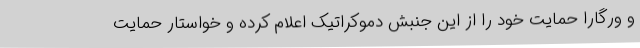
و ورگارا حمایت خود را از این جنبش دموکراتیک اعلام کرده و خواستار حمایت